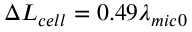
\Delta { { L } _ { c e l l } } = 0 . 4 9 { { \lambda } _ { m i c 0 } }